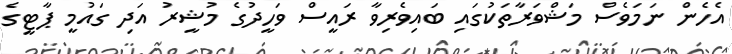
އެހެން ނަމަވެސް މަޝްވަރާތަކުގައި ބައިވެރިވާ ރައީސް ވަހީދުގެ މުޝީރު އަދި ގައުމީ ޕާޓީގެ